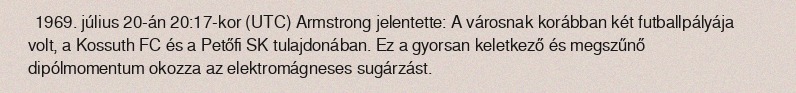
1969. július 20-án 20:17-kor (UTC) Armstrong jelentette: A városnak korábban két futballpályája volt, a Kossuth FC és a Petőfi SK tulajdonában. Ez a gyorsan keletkező és megszűnő dipólmomentum okozza az elektromágneses sugárzást.